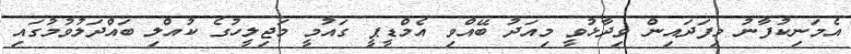
އެމަނިކުފާނު މިފަދައިން ވިދާޅުވީ މިއަދު ބޭއްވި އެމްޑީޕީ ގައުމީ މަޖިލީހުގެ ކުއްލި ބައްދަލުވުމުގައި